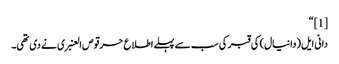
[1] “
دانی ایل(دانیال) کی قبر کی سب سے پہلے اطلاع حرقوص العنبری نے دی تھی۔